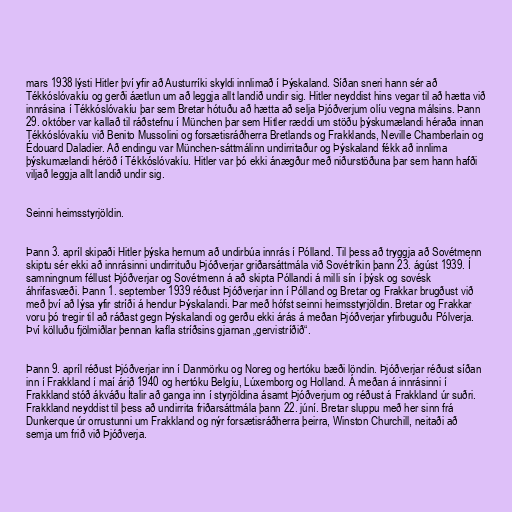
mars 1938 lýsti Hitler því yfir að Austurríki skyldi innlimað í Þýskaland. Síðan sneri hann sér að
Tékkóslóvakíu og gerði áætlun um að leggja allt landið undir sig. Hitler neyddist hins vegar til að hætta við
innrásina í Tékkóslóvakíu þar sem Bretar hótuðu að hætta að selja Þjóðverjum olíu vegna málsins. Þann
29. október var kallað til ráðstefnu í München þar sem Hitler ræddi um stöðu þýskumælandi héraða innan
Tékkóslóvakíu við Benito Mussolini og forsætisráðherra Bretlands og Frakklands, Neville Chamberlain og
Édouard Daladier. Að endingu var München-sáttmálinn undirritaður og Þýskaland fékk að innlima
þýskumælandi héröð í Tékkóslóvakíu. Hitler var þó ekki ánægður með niðurstöðuna þar sem hann hafði
viljað leggja allt landið undir sig.

Seinni heimsstyrjöldin.

Þann 3. apríl skipaði Hitler þýska hernum að undirbúa innrás í Pólland. Til þess að tryggja að Sovétmenn
skiptu sér ekki að innrásinni undirrituðu Þjóðverjar griðarsáttmála við Sovétríkin þann 23. ágúst 1939. Í
samningnum féllust Þjóðverjar og Sovétmenn á að skipta Póllandi á milli sín í þýsk og sovésk
áhrifasvæði. Þann 1. september 1939 réðust Þjóðverjar inn í Pólland og Bretar og Frakkar brugðust við
með því að lýsa yfir stríði á hendur Þýskalandi. Þar með hófst seinni heimsstyrjöldin. Bretar og Frakkar
voru þó tregir til að ráðast gegn Þýskalandi og gerðu ekki árás á meðan Þjóðverjar yfirbuguðu Pólverja.
Því kölluðu fjölmiðlar þennan kafla stríðsins gjarnan „gervistríðið“.

Þann 9. apríl réðust Þjóðverjar inn í Danmörku og Noreg og hertóku bæði löndin. Þjóðverjar réðust síðan
inn í Frakkland í maí árið 1940 og hertóku Belgíu, Lúxemborg og Holland. Á meðan á innrásinni í
Frakkland stóð ákváðu Ítalir að ganga inn í styrjöldina ásamt Þjóðverjum og réðust á Frakkland úr suðri.
Frakkland neyddist til þess að undirrita friðarsáttmála þann 22. júní. Bretar sluppu með her sinn frá
Dunkerque úr orrustunni um Frakkland og nýr forsætisráðherra þeirra, Winston Churchill, neitaði að
semja um frið við Þjóðverja.